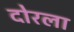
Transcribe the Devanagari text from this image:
दोरला